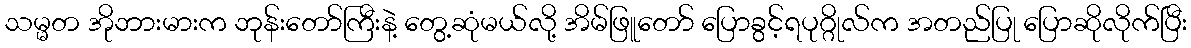
သမ္မတ အိုဘားမားက ဘုန်းတော်ကြီးနဲ့ တွေ့ဆုံမယ်လို့ အိမ်ဖြူတော် ပြောခွင့်ရပုဂ္ဂိုလ်က အတည်ပြု ပြောဆိုလိုက်ပြီး